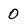
Character: 0